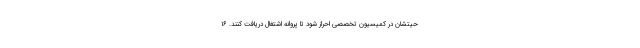
حیتشان در کمیسیون تخصصی احراز شود تا پروانه اشتغال دریافت کنند. ۱۶